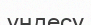
үңдесу